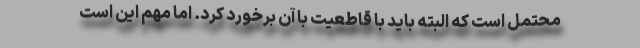
محتمل است که البته باید با قاطعیت با آن برخورد کرد. اما مهم این است